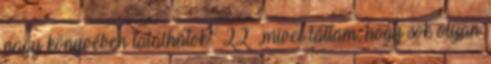
nagy könyvében találhatok.” 22. „mivel láttam, hogy sok olyan